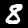
Label: 8